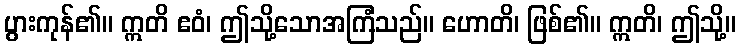
ပွားကုန်၏။ ဣတိ ဧဝံ၊ ဤသို့သောအကြံသည်။ ဟောတိ၊ ဖြစ်၏။ ဣတိ၊ ဤသို့။